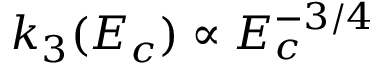
k _ { 3 } ( E _ { c } ) \propto E _ { c } ^ { - 3 / 4 }